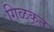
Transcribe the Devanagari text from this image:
गिळकृत